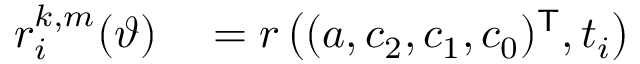
\begin{array} { r l } { r _ { i } ^ { k , m } ( \boldsymbol \vartheta ) } & { { } = r \left( ( a , c _ { 2 } , c _ { 1 } , c _ { 0 } ) ^ { \mathsf { T } } , t _ { i } \right) } \end{array}